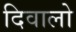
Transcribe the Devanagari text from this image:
दिवालो